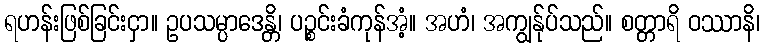
ရဟန်းဖြစ်ခြင်းငှာ။ ဥပသမ္ပာဒေန္တိ၊ ပဉ္စင်းခံကုန်အံ့။ အဟံ၊ အကျွန်ုပ်သည်။ စတ္တာရိ ဝဿာနိ၊